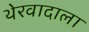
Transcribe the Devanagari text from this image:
थेरवादाला